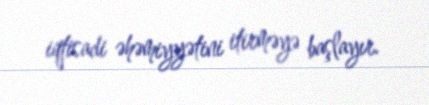
iqtisadi əhəmiyyətini itirməyə başlayır.